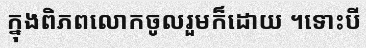
ក្នុងពិភពលោកចូលរួមក៏ដោយ ។ទោះបី